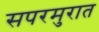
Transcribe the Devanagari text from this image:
सपरमुरात